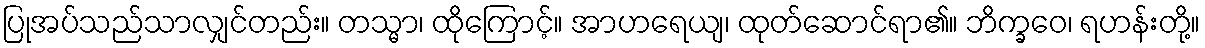
ပြုအပ်သည်သာလျှင်တည်း။ တသ္မာ၊ ထိုကြောင့်။ အာဟရေယျ၊ ထုတ်ဆောင်ရာ၏။ ဘိက္ခဝေ၊ ရဟန်းတို့။